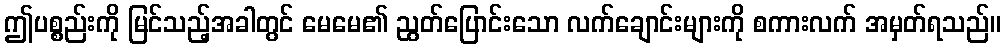
ဤပစ္စည်းကို မြင်သည့်အခါတွင် မေမေ၏ ညွတ်ပြောင်းသော လက်ချောင်းများကို စကားလက် အမှတ်ရသည်။